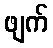
ဖျက်